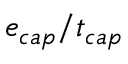
e _ { c a p } / t _ { c a p }